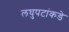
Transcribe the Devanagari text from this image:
लघुपटांकडे